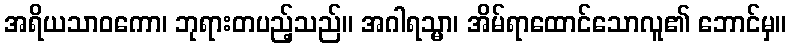
အရိယသာဝကော၊ ဘုရားတပည့်သည်။ အဂါရသ္မာ၊ အိမ်ရာထောင်သောလူ၏ ဘောင်မှ။